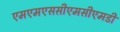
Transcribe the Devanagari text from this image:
एमएमएससीएमसीएमडी